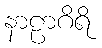
နာဠာဂိရိ